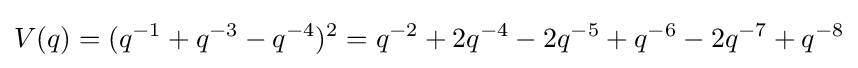
V(q)=(q^{-1}+q^{-3}-q^{-4})^{2}=q^{-2}+2q^{-4}-2q^{-5}+q^{-6}-2q^{-7}+q^{-8}